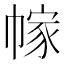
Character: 幏